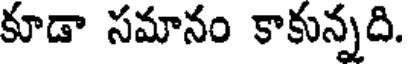
కూడా సమానం కాకున్నది.